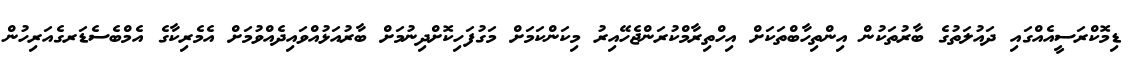
ޑިމޮކްރަސީއެއްގައި ދައުލަތުގެ ބާރުތަކުން އިންތިހާބްތަކަށް އިހްތިރާމްކުރަންޖެހޭއިރު މިކަންކަމަށް މަގުފަހިކޮށްދިނުމަށް ބާރުއަޅުއްވައިދެއްވުމަށް އެމެރިކާގެ އެމްބެސެޑަރގެއަރިހުން